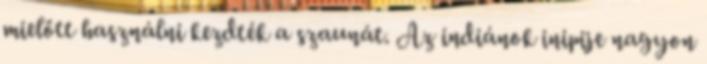
mielőtt használni kezdték a szaunát. Az indiánok inipije nagyon